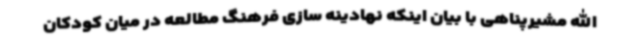
الله مشیرپناهی با بیان اینکه نهادینه سازی فرهنگ مطالعه در میان کودکان